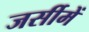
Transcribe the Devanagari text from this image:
जर्सीमें